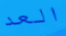
العد